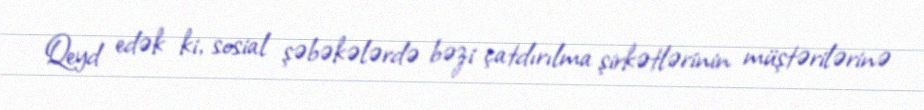
Qeyd edək ki, sosial şəbəkələrdə bəzi çatdırılma şirkətlərinin müştərilərinə